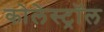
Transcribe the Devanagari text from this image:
कोलेस्‍ट्रॉल